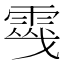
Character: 𩃔